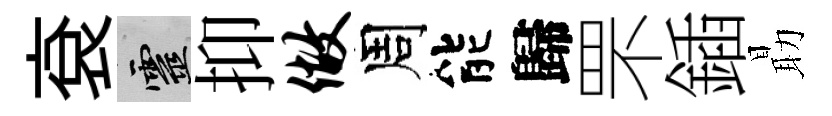
袞靈抑做周能歸罘鍤朂